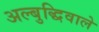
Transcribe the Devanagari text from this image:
अल्बुद्धिवाले